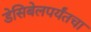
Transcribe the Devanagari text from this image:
डेसिबेलपर्यंतचा